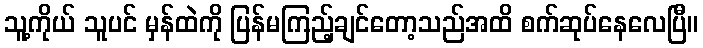
သူ့ကိုယ် သူပင် မှန်ထဲကို ပြန်မကြည့်ချင်တော့သည်အထိ စက်ဆုပ်နေလေပြီ။